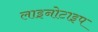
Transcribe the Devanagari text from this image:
लाइनोटाइप